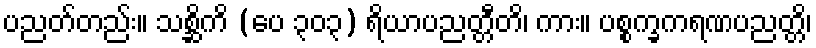
ပညတ်တည်း။ သစ္ဆိကိ (ပေ ၃၀၃) ရိယာပညတ္တီတိ၊ ကား။ ပစ္စက္ခကရဏပညတ္တိ၊